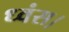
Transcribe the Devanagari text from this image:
ध्वंस।